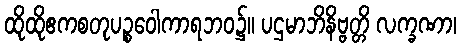
ထိုထိုဧကစတုပဉ္စဝေါကာရဘဝ၌။ ပဌမာဘိနိဗ္ဗတ္တိ လက္ခဏာ၊